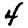
Digit: 4